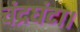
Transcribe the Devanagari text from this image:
चंद्रघंटा।